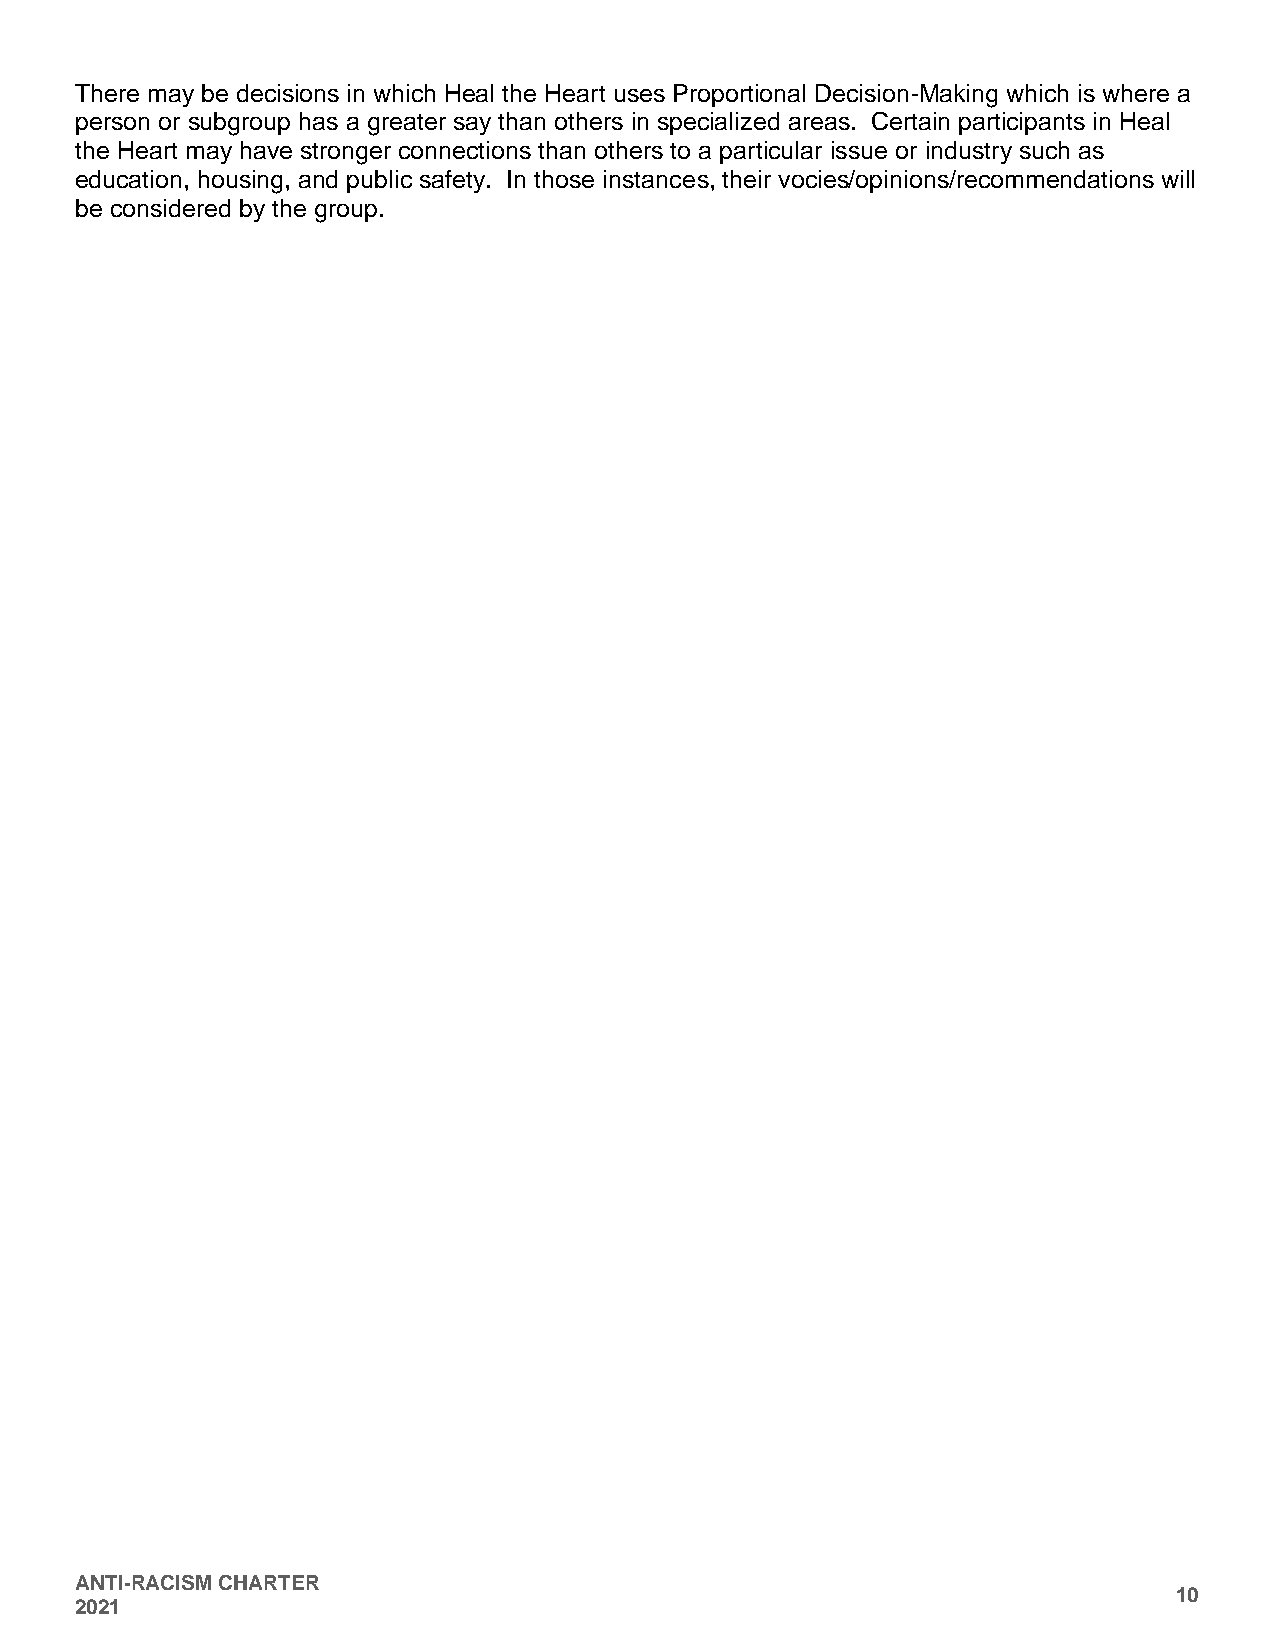
There may be decisions in which Heal the Heart uses Proportional Decision-Making which is where a
 person or subgroup has a greater say than others in specialized areas. Certain participants in Heal
 the Heart may have stronger connections than others to a particular issue or industry such as
 education, housing, and public safety. In those instances, their vocies/opinions/recommendations will
 be considered by the group.
 ANTI-RACISM CHARTER
 10
 2021